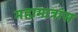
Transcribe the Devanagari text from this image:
महामात्रांस